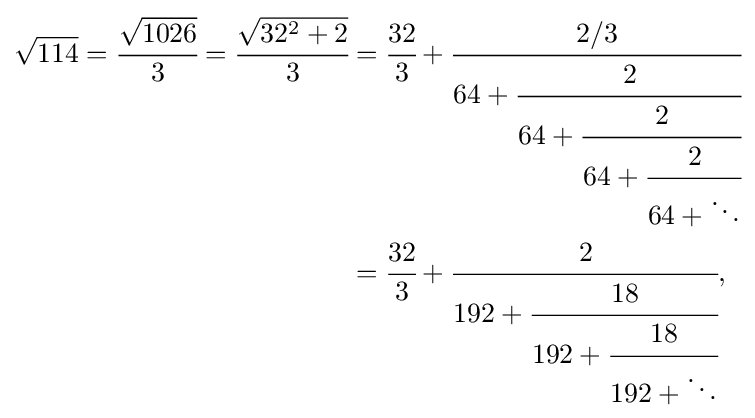
{\begin{aligned}{\sqrt {114}}={\cfrac {\sqrt {1026}}{3}}={\cfrac {\sqrt {32^{2}+2}}{3}}&={\cfrac {32}{3}}+{\cfrac {2/3}{64+{\cfrac {2}{64+{\cfrac {2}{64+{\cfrac {2}{64+\ddots }}}}}}}}\\&={\cfrac {32}{3}}+{\cfrac {2}{192+{\cfrac {18}{192+{\cfrac {18}{192+\ddots }}}}}},\end{aligned}}